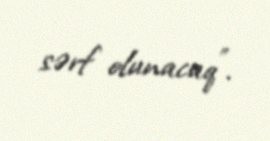
sərf olunacaq”.